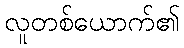
လူတစ်ယောက်၏